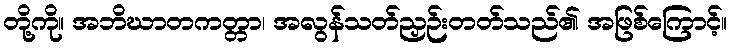
တို့ကို။ အဘိဃာတကတ္တာ၊ အလွန်သတ်ညှဉ်းတတ်သည်၏ အဖြစ်ကြောင့်။